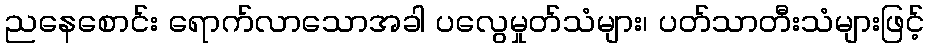
ညနေစောင်း ရောက်လာသောအခါ ပလွေမှုတ်သံများ၊ ပတ်သာတီးသံများဖြင့်